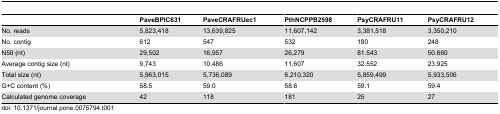
|  | PaveBPIC631 | PaveCRAFRUec1 | PthNCPPB2598 | PsyCRAFRU11 | PsyCRAFRU12 |
 | --- | --- | --- | --- | --- | --- |
 | No. reads | 5,823,418 | 13,639,825 | 11,607,142 | 3,381,518 | 3,350,210 |
 | No. contig | 612 | 547 | 532 | 180 | 248 |
 | N50 (nt) | 29,502 | 16,957 | 26,279 | 81.543 | 50.660 |
 | Average contig size (nt) | 9,743 | 10,486 | 11,607 | 32.552 | 23.925 |
 | Total size (nt) | 5,963,015 | 5,736,089 | 6,210,320 | 5,859,499 | 5,933,506 |
 | G+C content (%) | 58.5 | 59.0 | 58.6 | 59.1 | 59.4 |
 | Calculated genome coverage | 42 | 118 | 181 | 25 | 27 |